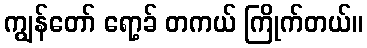
ကျွန်တော် ရော့ခ် တကယ် ကြိုက်တယ်။